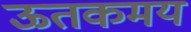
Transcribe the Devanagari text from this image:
ऊतकमय